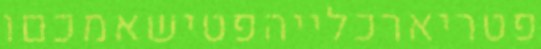
פטריארכלייהפטישאמכםו